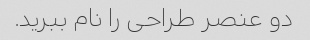
دو عنصر طراحی را نام ببرید.